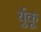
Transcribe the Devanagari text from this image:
र्युकू